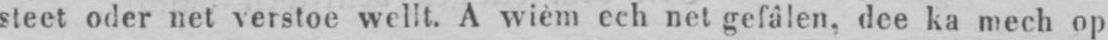
steet oder net verstoe wellt. A wièm ech net gefâlen, dee ka mech op